Report of the Indian Hemp Drugs Commission, 1894-1895 - Volume V
Year: 1894
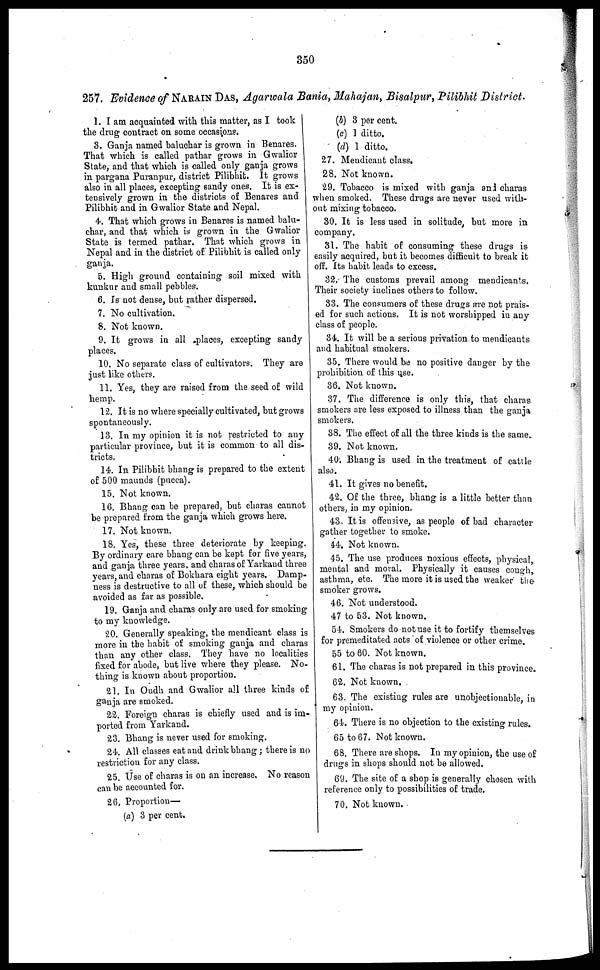
350
257. Evidence of NARAIN DAS, Agarwala Bania, Mahajan, Bisalpur, Pilibhit District.
1. I am acquainted with this matter, as I took
the drug contract on some occasions.
3. Ganja named baluchar is grown in Benares.
That which is called pathar grows in Gwalior
State, and that which is called only ganja grows
in pargana Puranpur, district Pilibhit. It grows
also in all places, excepting sandy ones. It is ex-
tensively grown in the districts of Benares and
Pilibhit and in Gwalior State and Nepal.
4. That which grows in Benares is named balu-
char, and that which is grown in the Gwalior
State is termed pathar. That which grows in
Nepal and in the district of Pilibhit is called only
ganja.
5. High ground containing soil mixed with
kunkur and small pebbles.
6. Is not dense, but rather dispersed.
7. No cultivation.
8. Not known.
9. It grows in all places, excepting sandy
places.
10. No separate class of cultivators. They are
just like others.
11. Yes, they are raised from the seed of wild
hemp.
12. It is no where specially cultivated, but grows
spontaneously.
13. In my opinion it is not restricted to any
particular province, but it is common to all dis-
tricts,
14. In Pilibhit bhang is prepared to the extent
of 500 maunds (pucca).
15. Not known.
1G. Bhang can be prepared, but charas cannot
be prepared from the ganja which grows here.
17. Not known.
18. Yes, these three deteriorate by keeping.
By ordinary care bhang can be kept for five years,
and ganja three years, and charas of Yarkand three
years, and charas of Bokhara eight years. Damp-
ness is destructive to all of these, which should be
avoided as far as possible.
19. Ganja and charas only are used for smoking
to my knowledge.
20. Generally speaking, the mendicant class is
more in the habit of smoking ganja and charas
than any other class. They have no localities
fixed for abode, but live where they please. No-
thing is known about proportion.
21. In Oudh and Gwalior all three kinds of
ganja are smoked.
22. Foreign charas is chiefly used and is im-
ported from Yarkand.
23. Bhang is never used for smoking.
24. All classes eat and drink bhang ; there is no
restriction for any class.
25. Use of charas is on an increase. No reason
can be accounted for.
26. Proportion—
(a) 3 per cent.
(b) 3 per cent.
(c) 1 ditto.
(d) 1 ditto.
27. Mendicant class.
28. Not known.
29. Tobacco is mixed with ganja and charas
when smoked. These drugs are never used with-
out mixing tobacco.
30. It is less used in solitude, but more in
company.
31. The habit of consuming these drugs is
easily acquired, but it becomes difficult to break it
off. Its habit leads to excess.
32. The customs prevail among mendicants.
Their society inclines others to follow.
33. The consumers of these drugs are not prais-
ed for such actions. It is not worshipped in any
class of people.
34. It will be a serious privation to mendicants
and habitual smokers.
35. There would be no positive danger by the
prohibition of this use.
36. Not known.
37. The difference is only this, that charas
smokers are less exposed to illness than the ganja
smokers.
38. The effect of all the three kinds is the same.
39. Not known.
40. Bhang is used in the treatment of cattle
also.
41. It gives no benefit.
42. Of the three, bhang is a little better than
others, in my opinion.
43. It is offensive, as people of bad character
gather together to smoke.
44. Not known.
45. The use produces noxious effects, physical,
mental and moral. Physically it causes cough,
asthma, etc. The more it is used the weaker the
smoker grows.
46. Not understood.
47 to 53. Not known.
54. Smokers do not use it to fortify themselves
for premeditated acts of violence or other crime.
55 to 60. Not known.
61. The charas is not prepared in this province.
62. Not known.
63. The existing rules are unobjectionable, in
my opinion.
64. There is no objection to the existing rules.
65 to 67. Not known.
68. There are shops. In my opinion, the use of
drugs in shops should not be allowed.
69. The site of a shop is generally chosen with
reference only to possibilities of trade.
70. Not known.